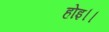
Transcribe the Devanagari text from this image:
होइ।।